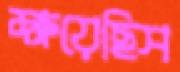
ক্ষয়েছিস